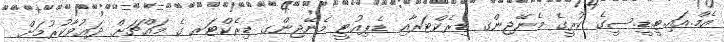
އެމް.އައި.ޓީ.ޑީ.ސީގެ ކުރީގެ މެނޭޖިންގ ޑިރެކްޓަރާއި ޑެޕިއުޓީ މެނޭޖިންގ ޑިރެކްޓަރ ގެ މައްޗަށް ދަޢުވާކުރުމަށް